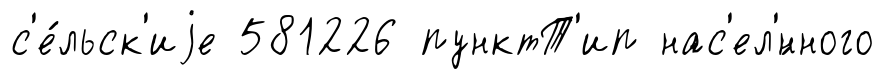
с'е́льск'иjе 581226 пунктТ'ип нас'ел'́нного